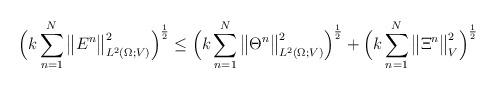
LaTeX: \begin{align*} \Big( k \sum_{n = 1}^N \big\| E^n \big\|_{L^2(\Omega;V)}^2 \Big)^{\frac{1}{2}} \le \Big( k \sum_{n = 1}^N \big\| \Theta^n \big\|_{L^2(\Omega;V)}^2 \Big)^{\frac{1}{2}} + \Big( k \sum_{n = 1}^N \big\| \Xi^n \big\|_V^2 \Big)^{\frac{1}{2}} \end{align*}